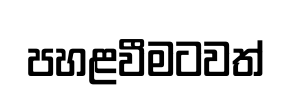
පහළවීමටවත්